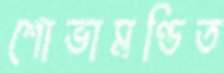
শোভামণ্ডিত